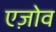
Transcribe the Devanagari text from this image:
एज़ोव